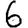
Digit: 6